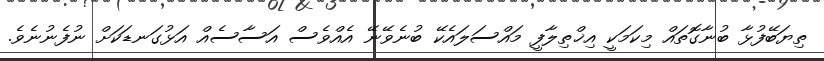
ތިޔަބޭފުޅާ ބުނާގޮތައް މިކަމަކީ އިޚްތިލާފީ މައްސަލައެކޭ ބުނެވޭނޭ އެއްވެސް އަސާސެއް އަޅުގަނޑަކަށް ނުފެނުނެވެ.